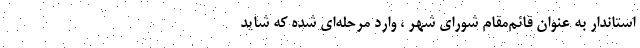
استاندار به عنوان قائم‌مقام شورای شهر ، وارد مرحله‌ای شده که شاید